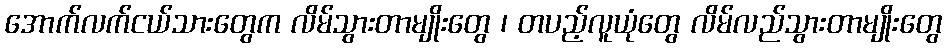
အောက်လက်ငယ်သားတွေက လိမ်သွားတာမျိုးတွေ ၊ တပည့်လူယုံတွေ လိမ်လည်သွားတာမျိုးတွေ